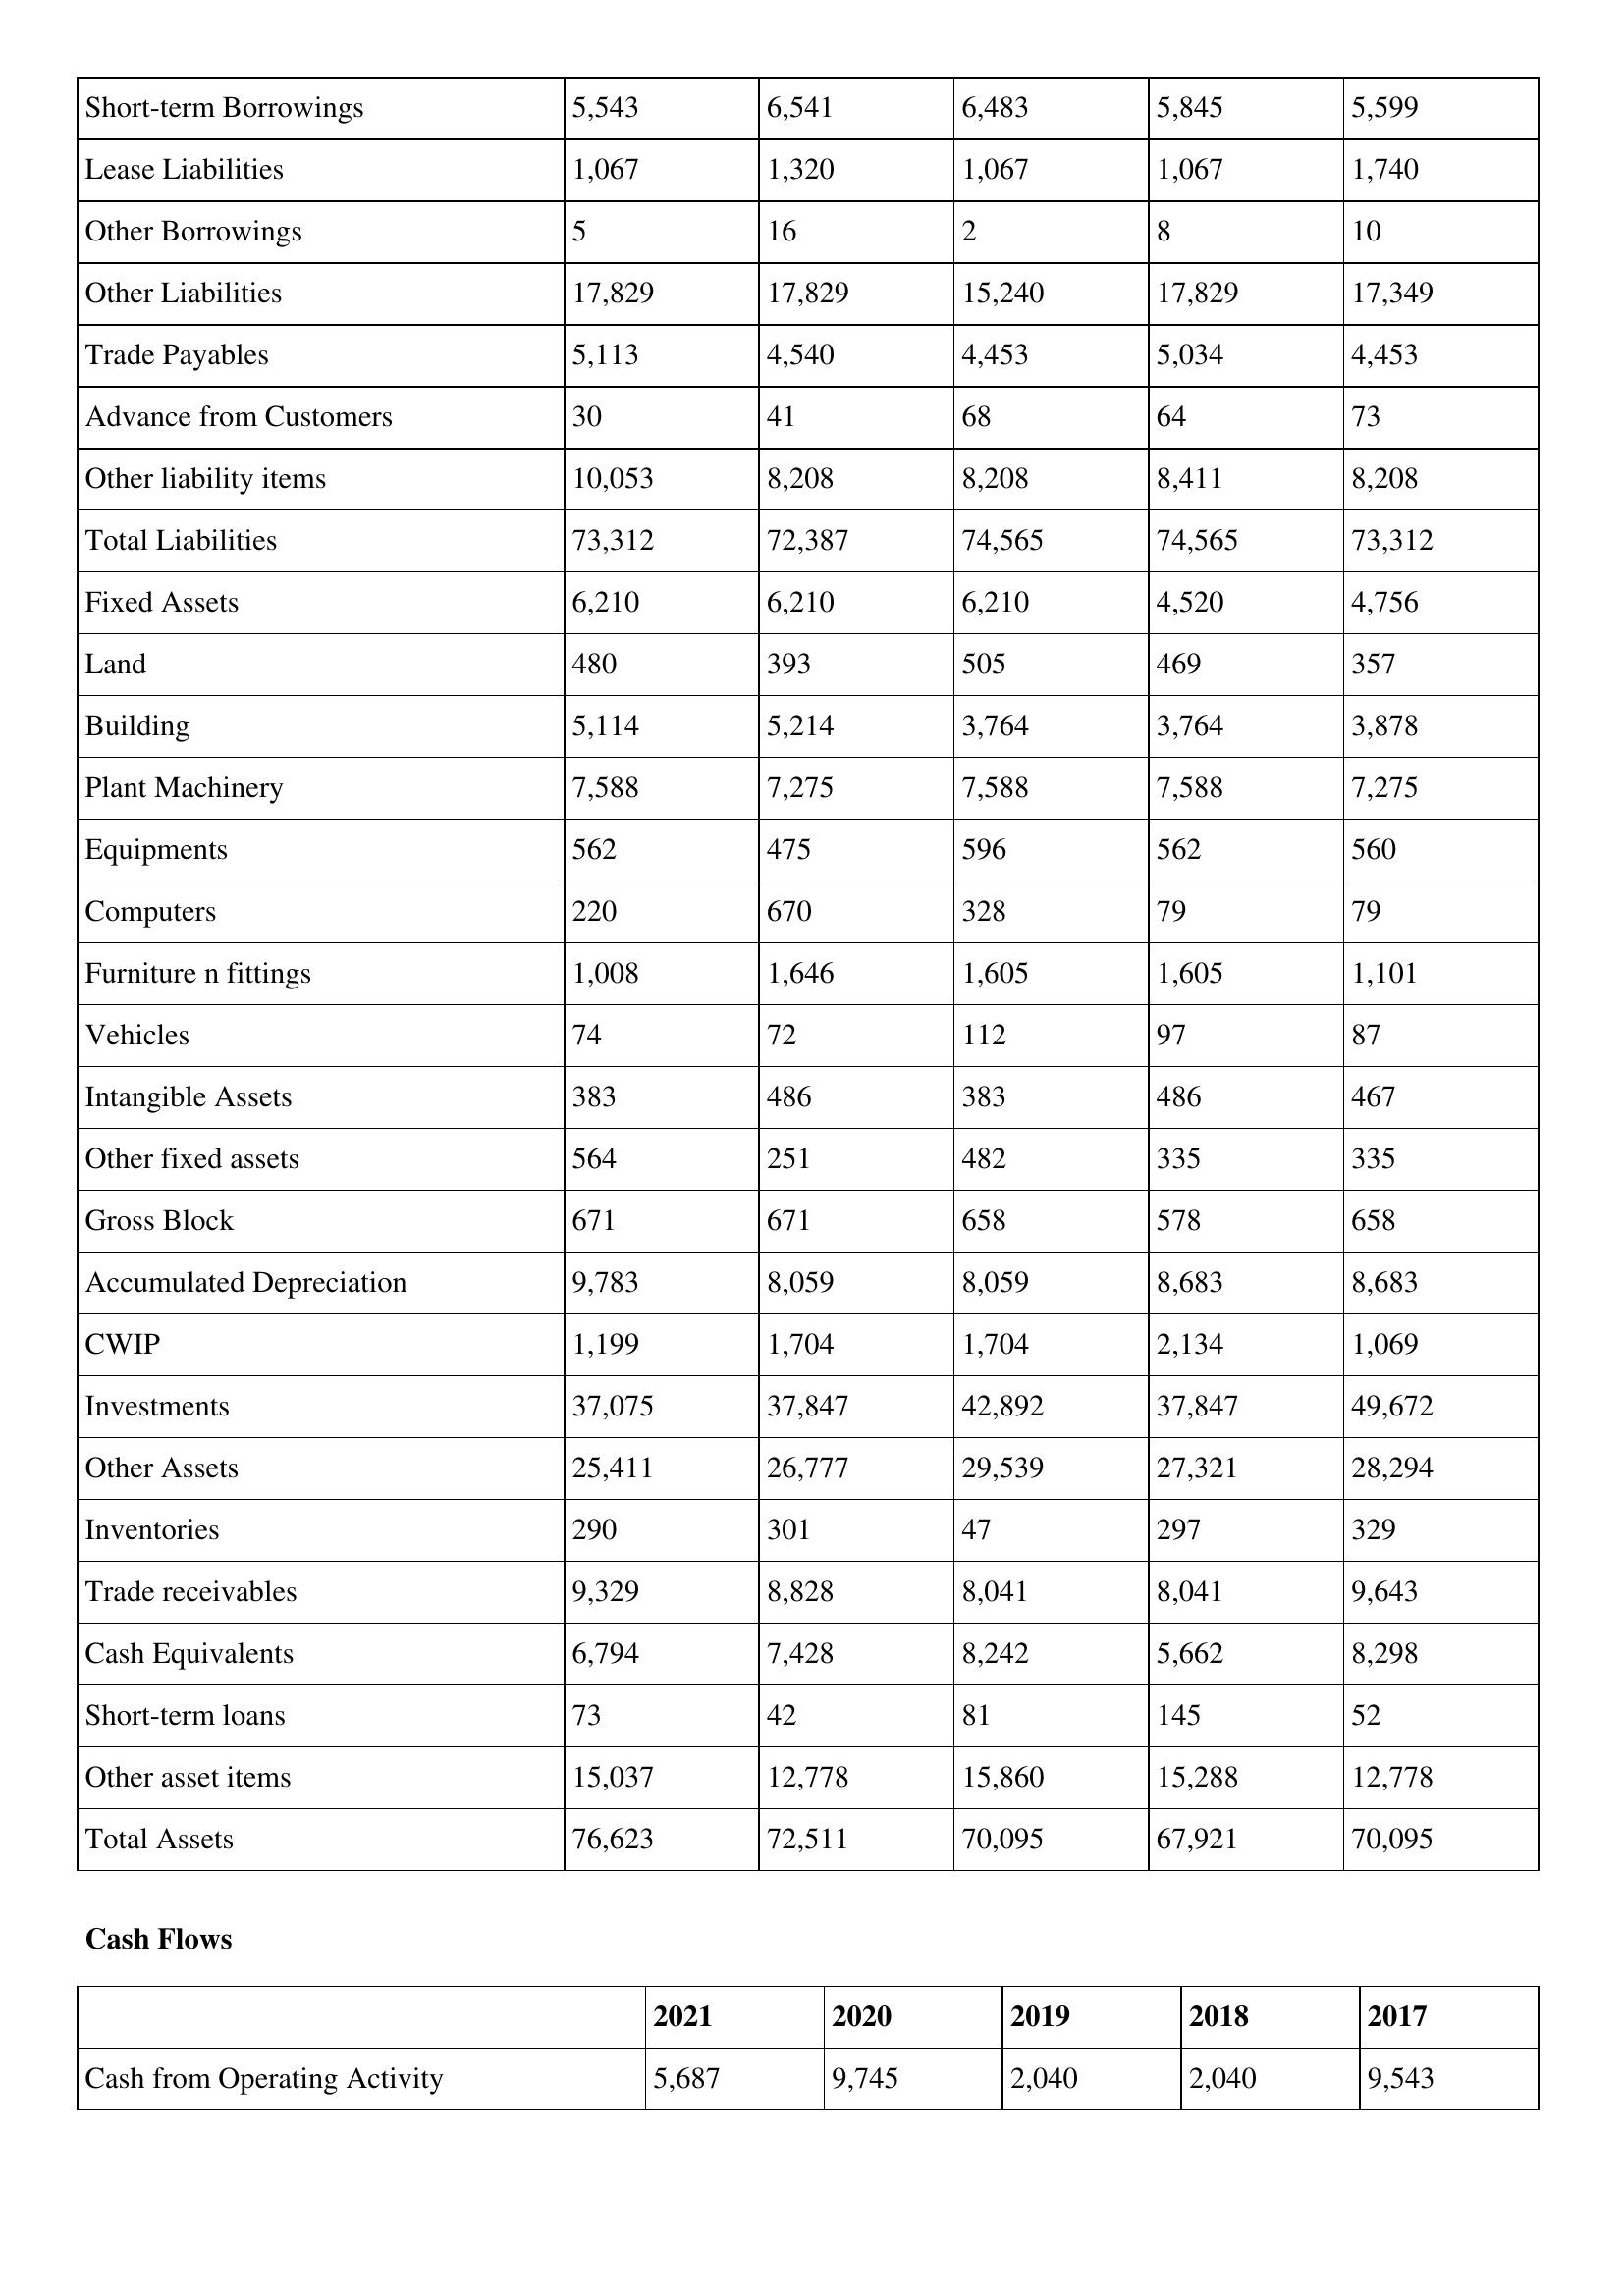
gt_parse: 2021: Balance Sheet: Short-term Borrowings: 5,543
Lease Liabilities: 1,067
Other Borrowings: 5
Other Liabilities: 17,829
Trade Payables: 5,113
Advance from Customers: 30
Other liability items: 10,053
Total Liabilities: 73,312
Fixed Assets: 6,210
Land: 480
Building: 5,114
Plant Machinery: 7,588
Equipments: 562
Computers: 220
Furniture n fittings: 1,008
Vehicles: 74
Intangible Assets: 383
Other fixed assets: 564
Gross Block: 671
Accumulated Depreciation: 9,783
CWIP: 1,199
Investments: 37,075
Other Assets: 25,411
Inventories: 290
Trade receivables: 9,329
Cash Equivalents: 6,794
Short-term loans: 73
Other asset items: 15,037
Total Assets: 76,623
Cash Flows: Cash from Operating Activity: 5,687
2020: Balance Sheet: Short-term Borrowings: 6,541
Lease Liabilities: 1,320
Other Borrowings: 16
Other Liabilities: 17,829
Trade Payables: 4,540
Advance from Customers: 41
Other liability items: 8,208
Total Liabilities: 72,387
Fixed Assets: 6,210
Land: 393
Building: 5,214
Plant Machinery: 7,275
Equipments: 475
Computers: 670
Furniture n fittings: 1,646
Vehicles: 72
Intangible Assets: 486
Other fixed assets: 251
Gross Block: 671
Accumulated Depreciation: 8,059
CWIP: 1,704
Investments: 37,847
Other Assets: 26,777
Inventories: 301
Trade receivables: 8,828
Cash Equivalents: 7,428
Short-term loans: 42
Other asset items: 12,778
Total Assets: 72,511
Cash Flows: Cash from Operating Activity: 9,745
2019: Balance Sheet: Short-term Borrowings: 6,483
Lease Liabilities: 1,067
Other Borrowings: 2
Other Liabilities: 15,240
Trade Payables: 4,453
Advance from Customers: 68
Other liability items: 8,208
Total Liabilities: 74,565
Fixed Assets: 6,210
Land: 505
Building: 3,764
Plant Machinery: 7,588
Equipments: 596
Computers: 328
Furniture n fittings: 1,605
Vehicles: 112
Intangible Assets: 383
Other fixed assets: 482
Gross Block: 658
Accumulated Depreciation: 8,059
CWIP: 1,704
Investments: 42,892
Other Assets: 29,539
Inventories: 47
Trade receivables: 8,041
Cash Equivalents: 8,242
Short-term loans: 81
Other asset items: 15,860
Total Assets: 70,095
Cash Flows: Cash from Operating Activity: 2,040
2018: Balance Sheet: Short-term Borrowings: 5,845
Lease Liabilities: 1,067
Other Borrowings: 8
Other Liabilities: 17,829
Trade Payables: 5,034
Advance from Customers: 64
Other liability items: 8,411
Total Liabilities: 74,565
Fixed Assets: 4,520
Land: 469
Building: 3,764
Plant Machinery: 7,588
Equipments: 562
Computers: 79
Furniture n fittings: 1,605
Vehicles: 97
Intangible Assets: 486
Other fixed assets: 335
Gross Block: 578
Accumulated Depreciation: 8,683
CWIP: 2,134
Investments: 37,847
Other Assets: 27,321
Inventories: 297
Trade receivables: 8,041
Cash Equivalents: 5,662
Short-term loans: 145
Other asset items: 15,288
Total Assets: 67,921
Cash Flows: Cash from Operating Activity: 2,040
2017: Balance Sheet: Short-term Borrowings: 5,599
Lease Liabilities: 1,740
Other Borrowings: 10
Other Liabilities: 17,349
Trade Payables: 4,453
Advance from Customers: 73
Other liability items: 8,208
Total Liabilities: 73,312
Fixed Assets: 4,756
Land: 357
Building: 3,878
Plant Machinery: 7,275
Equipments: 560
Computers: 79
Furniture n fittings: 1,101
Vehicles: 87
Intangible Assets: 467
Other fixed assets: 335
Gross Block: 658
Accumulated Depreciation: 8,683
CWIP: 1,069
Investments: 49,672
Other Assets: 28,294
Inventories: 329
Trade receivables: 9,643
Cash Equivalents: 8,298
Short-term loans: 52
Other asset items: 12,778
Total Assets: 70,095
Cash Flows: Cash from Operating Activity: 9,543